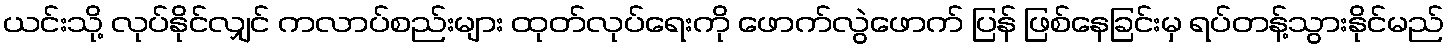
ယင်းသို့ လုပ်နိုင်လျှင် ကလာပ်စည်းများ ထုတ်လုပ်ရေးကို ဖောက်လွဲဖောက် ပြန် ဖြစ်နေခြင်းမှ ရပ်တန့်သွားနိုင်မည်